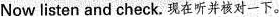
Now listen and check. 现在听并核对一下。